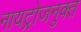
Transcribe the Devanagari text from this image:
नायट्रोजनुक्त